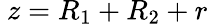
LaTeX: \ z=R_{1}+R_{2}+r